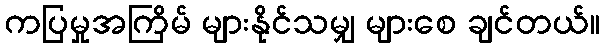
ကပြမှုအကြိမ် များနိုင်သမျှ များစေ ချင်တယ်။